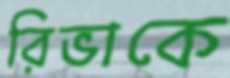
রিভাকে